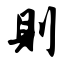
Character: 则